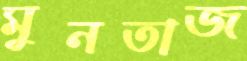
মুনতাজ